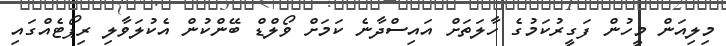
މިލިއަން މީހުން ފަގީރުކަމުގެ ހާލަތަށް އައިސްދާނެ ކަމަށް ވޯލްޑް ބޭންކުން އެކުލަވާލި ރިޕޯޓެއްގައި